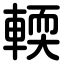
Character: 輭